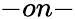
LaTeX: -on-